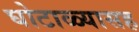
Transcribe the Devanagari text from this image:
घोटाळ्यासह